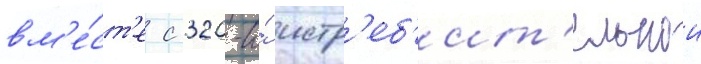
вм'е́ст'е с 320-и́ истр'еб'ит'ельнои